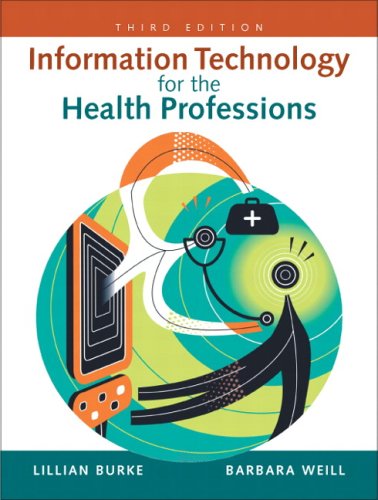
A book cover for Information Technology for the Health Professions (3rd Edition); Lillian Burke; Medical Books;